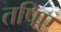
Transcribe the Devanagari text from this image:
तपिए